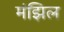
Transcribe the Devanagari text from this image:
मंझिल